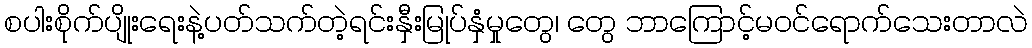
စပါးစိုက်ပျိုးရေးနဲ့ပတ်သက်တဲ့ရင်းနှီးမြုပ်နှံမှုတွေ၊ တွေ ဘာကြောင့်မဝင်ရောက်သေးတာလဲ